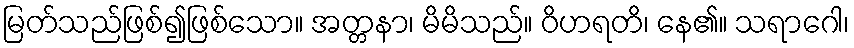
မြတ်သည်ဖြစ်၍ဖြစ်သော။ အတ္တနာ၊ မိမိသည်။ ဝိဟရတိ၊ နေ၏။ သရာဂေါ၊